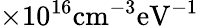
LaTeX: \times 10^{16}\mathrm{cm^{-3}eV^{-1}}